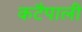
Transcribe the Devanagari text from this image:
कटैपाली